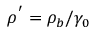
\rho ^ { ' } = \rho _ { b } / \gamma _ { 0 }